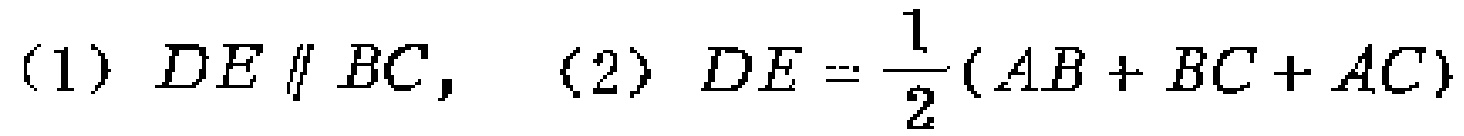
(1) $DE \parallel BC$, (2) $DE = \frac{1}{2}(AB + BC + AC)$